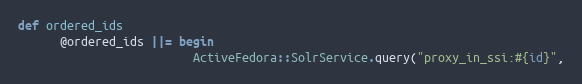
Language: Ruby
def ordered_ids
      @ordered_ids ||= begin
                         ActiveFedora::SolrService.query("proxy_in_ssi:#{id}",